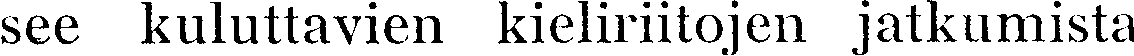
see kuluttavien kieliriitojen jatkumista